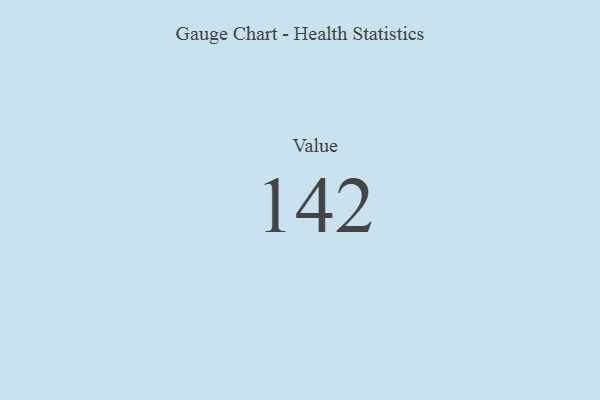
{"axis": {"x": "Metric", "y": "Value"}, "legend": [""], "data": [{"x": "Value", "y": 142, "type": ""}]}